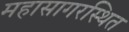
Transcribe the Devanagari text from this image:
महासागरस्थित